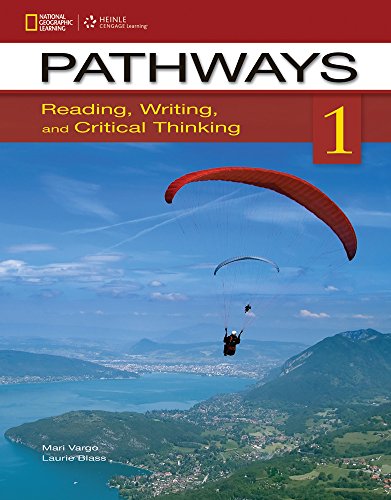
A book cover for Pathways 1: Reading, Writing, and Critical Thinking (Pathways: Reading, Writing, & Critical Thinking); Mari Vargo; Reference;